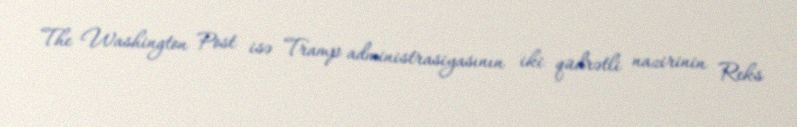
The Washington Post isə Tramp administrasiyasının iki qüdrətli nazirinin Reks